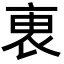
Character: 𧙏